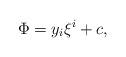
LaTeX: \begin{align*}\Phi=y_i\xi^i+c,\end{align*}